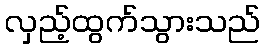
လှည့်ထွက်သွားသည်